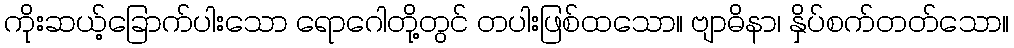
ကိုးဆယ့်ခြောက်ပါးသော ရောဂေါတို့တွင် တပါးဖြစ်ထသော။ ဗျာဓိနာ၊ နှိပ်စက်တတ်သော။